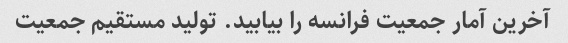
آخرین آمار جمعیت فرانسه را بیابید. تولید مستقیم جمعیت